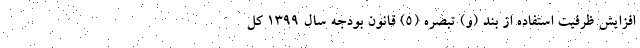
افزایش ظرفیت استفاده از بند (و) تبصره (۵) قانون بودجه سال ۱۳۹۹ کل